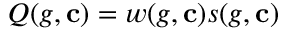
Q ( g , \mathbf { c } ) = w ( g , \mathbf { c } ) s ( g , \mathbf { c } )